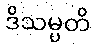
ဒိသမ္ပတိ